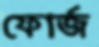
ফোর্জ